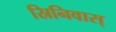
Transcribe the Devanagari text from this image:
स्रिनिवास्